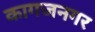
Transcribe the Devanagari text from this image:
कागजनगर